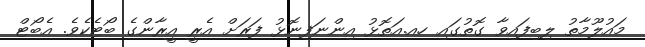
މައުލޫމާތު ލިބިފައިވާ ގޮތުގައި ހއ.އަތޮޅު އިންނަފިނޮޅު ފަރަށް އެރީ އީރާންގެ ބޯޓެކެވެ. އެބޯޓް